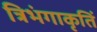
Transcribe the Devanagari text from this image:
त्रिभंगाकृतिं